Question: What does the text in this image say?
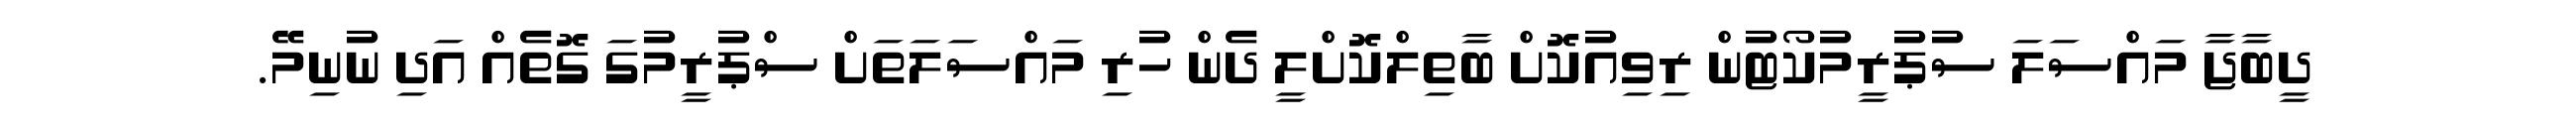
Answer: ދީބާޖާ މައްސަލަ ސުޕުރީމުކޯޓުން ރިވިއުކޮށް ބާތިލްކޮށްލީ ދެން ހުރި މައްސަލަތަށް ސްޕުރީމުގަ ގޮތެއް އަދި ނުނިމޭ.